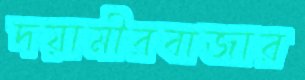
দয়ামীরবাজার